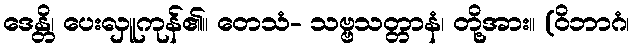
ဒေန္တိ၊ ပေးလှူကုန်၏။ တေသံ- သဗ္ဗသတ္တာနံ၊ တို့အား။ (ဝိဘာဂံ၊